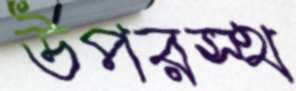
উপরস্থ